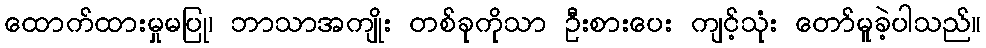
ထောက်ထားမှုမပြု၊ ဘာသာအကျိုး တစ်ခုကိုသာ ဦးစားပေး ကျင့်သုံး တော်မူခဲ့ပါသည်။